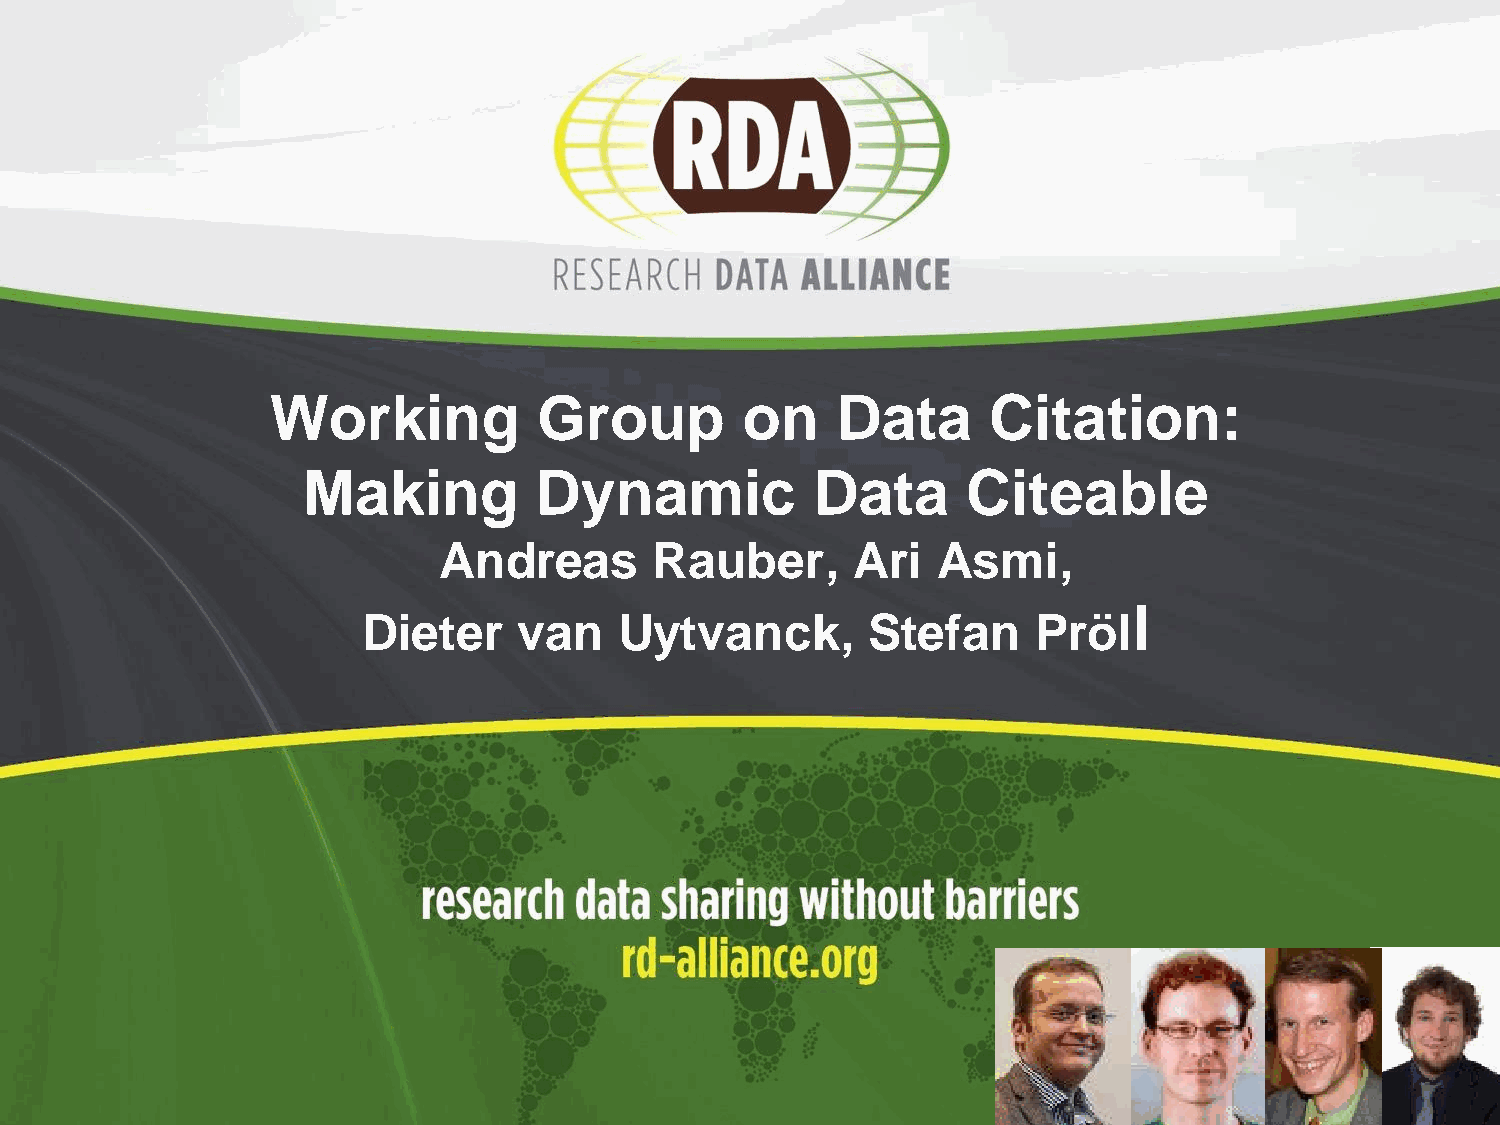
Working           Group        on    Data      Citation:
 Making         Dynamic            Data      Citeable
 Andreas       Rauber,      Ari   Asmi,
 l
 Dieter    van    Uytvanck,       Stefan      Pröl